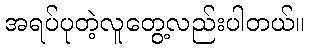
အရပ်ပုတဲ့လူတွေ့လည်းပါတယ်။